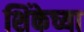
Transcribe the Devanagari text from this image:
शिंकेच्या